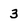
Character: 3